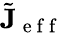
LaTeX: \tilde{\mathbf{J}}_{\mathrm{~e~f~f~}}